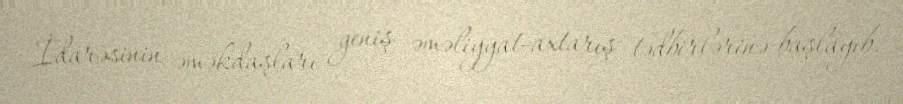
İdarəsinin əməkdaşları geniş əməliyyat-axtarış tədbirlərinə başlayıb.